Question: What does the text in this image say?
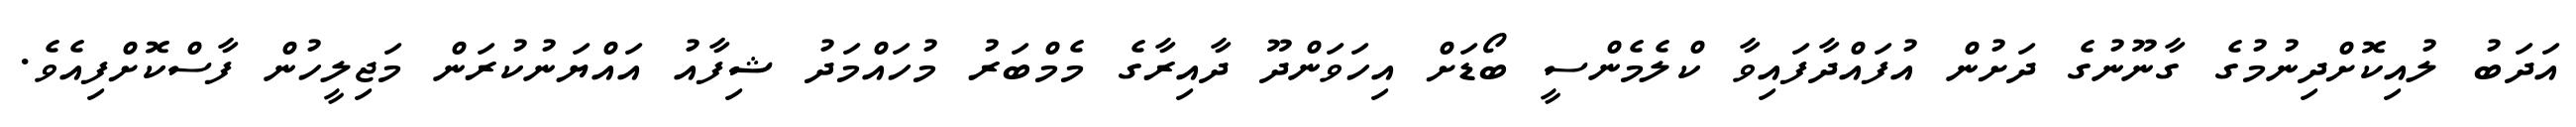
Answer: އަދަބު ލުއިކޮށްދިނުމުގެ ގާނޫނުގެ ދަށުން އުފައްދާފައިވާ ކްލެމެންސީ ބޯޑަށް އިހަވަންދޫ ދާއިރާގެ މެމްބަރު މުހައްމަދު ޝިފާއު އައްޔަނުކުރަން މަޖިލީހުން ފާސްކޮށްފިއެވެ.